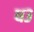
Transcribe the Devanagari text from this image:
ध३